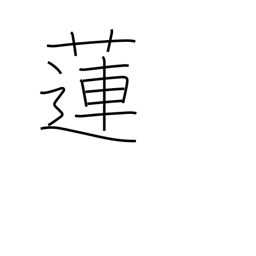
Meaning: lotus